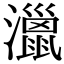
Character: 𤁯